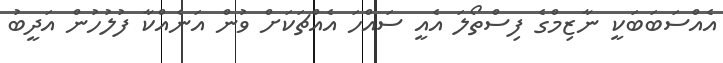
އެއްސަބަބަކީ ނާޒިމްގެ ފިސްތޯލަ އެއީ ސައްހަ އެއްޗަކަށް ވުން އަނެއްކާ ފުލުހުން އަދީބު